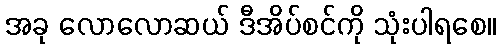
အခု လောလောဆယ် ဒီအိပ်စင်ကို သုံးပါရစေ။